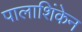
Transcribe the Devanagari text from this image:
पालाशिंकेन